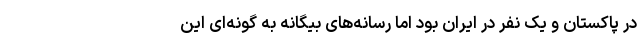
در پاکستان و یک نفر در ایران بود اما رسانه‌های بیگانه به گونه‌ای این